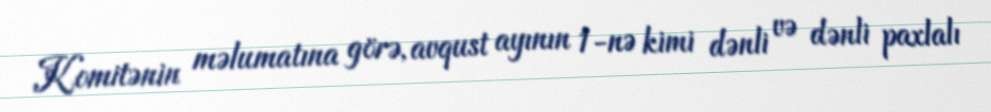
Komitənin məlumatına görə, avqust ayının 1-nə kimi dənli və dənli paxlalı